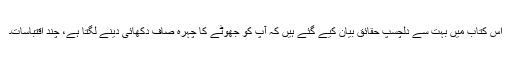
اس کتاب میں بہت سے دلچسپ حقائق بیان کیے گئے ہیں کہ آپ کو جھوٹے کا چہرہ صاف دکھائی دینے لگتا ہے، چند اقتباسات۔